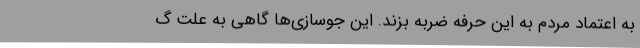
به اعتماد مردم به این حرفه ضربه بزند. این جوسازی‌ها گاهی به علت گ